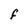
Character: F